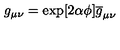
g _ { \mu \nu } = \exp [ 2 \alpha \phi ] \overline { { g } } _ { \mu \nu }